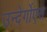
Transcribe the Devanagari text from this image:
उन्देर्गोएस